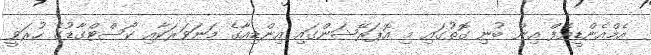
އެމްއެންޑީއެފް އިން ބުނި ގޮތުގައި މި އޮޕަރޭޝަންގައި އިންޑިއާގެ މަނަވަރަކާއި ކޯސްޓްގާޑުގެ ހުރަވީ